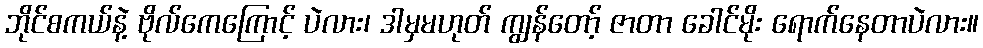
ဘိုင်စကယ်နဲ့ ဗိုလ်ကေကြောင့် ပဲလား၊ ဒါမှမဟုတ် ကျွန်တော့် ဇာတာ ခေါင်မိုး ရောက်နေတာပဲလား။